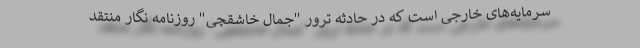
سرمایه‌های خارجی است که در حادثه ترور "جمال خاشقچی" روزنامه نگار منتقد